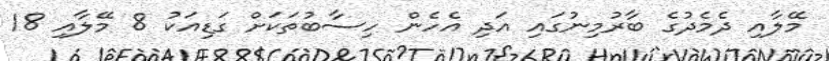
މޭލާއި ދެމެދުގެ ބާރުމިނުގައި އަދި އެހެން ހިސާބުތަކަށް ގަޑިއަކު 8 މޭލާއި 18